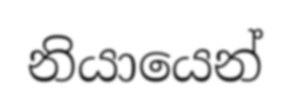
නියායෙන්